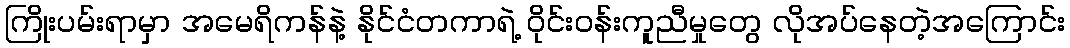
ကြိုးပမ်းရာမှာ အမေရိကန်နဲ့ နိုင်ငံတကာရဲ့ ဝိုင်းဝန်းကူညီမှုတွေ လိုအပ်နေတဲ့အကြောင်း